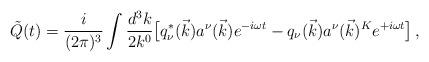
LaTeX: \begin{align*}\tilde{Q}(t)=\frac{i}{(2 \pi)^3} \int \frac{d^3 k}{2 k^0} \bigl[ q_\nu^* (\vec{k}) a^\nu (\vec{k}) e^{-i \omega t}-q_\nu (\vec{k}) a^\nu (\vec{k})^K e^{+ i \omega t} \bigr] \, ,\end{align*}